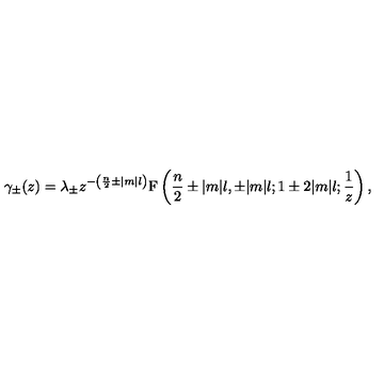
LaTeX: \gamma _ { \pm } ( z ) = \lambda _ { \pm } z ^ { - \left( \frac { n } 2 \pm | m | l \right) } \mathrm { F } \left( \frac { n } 2 \pm | m | l , \pm | m | l ; 1 \pm 2 | m | l ; \frac 1 z \right) ,